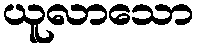
ယူလာသော